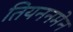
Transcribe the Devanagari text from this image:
तियननमेन